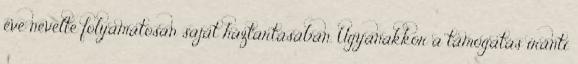
éve nevelte folyamatosan saját háztartásában. Ugyanakkor a támogatás iránti